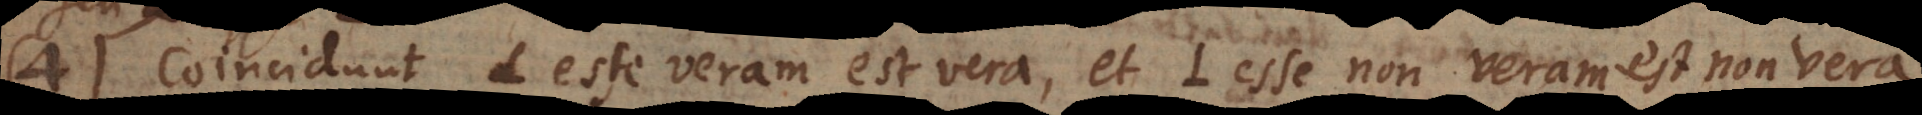
4) Coincidunt L esse veram est vera, et L esse non veram est non vera,